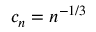
c _ { n } = n ^ { - 1 / 3 }